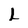
Character: L